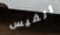
الفيس